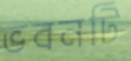
ভবনটি